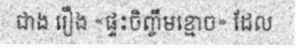
ជាង រឿង «ផ្ទះចិញ្ចឹមខ្មោច» ដែល